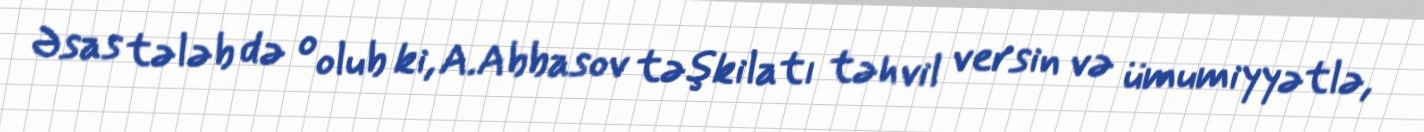
Əsas tələb də o olub ki, A.Abbasov təşkilatı təhvil versin və ümumiyyətlə,